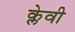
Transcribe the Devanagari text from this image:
क्लेवी